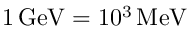
1 \, \mathrm { G e V } = 1 0 ^ { 3 } \, \mathrm { M e V }